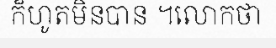
ក៏ហូតមិនបាន ។លោកថា